Report on the cultivation of protesoma, Labbé, in grey mosquitoes
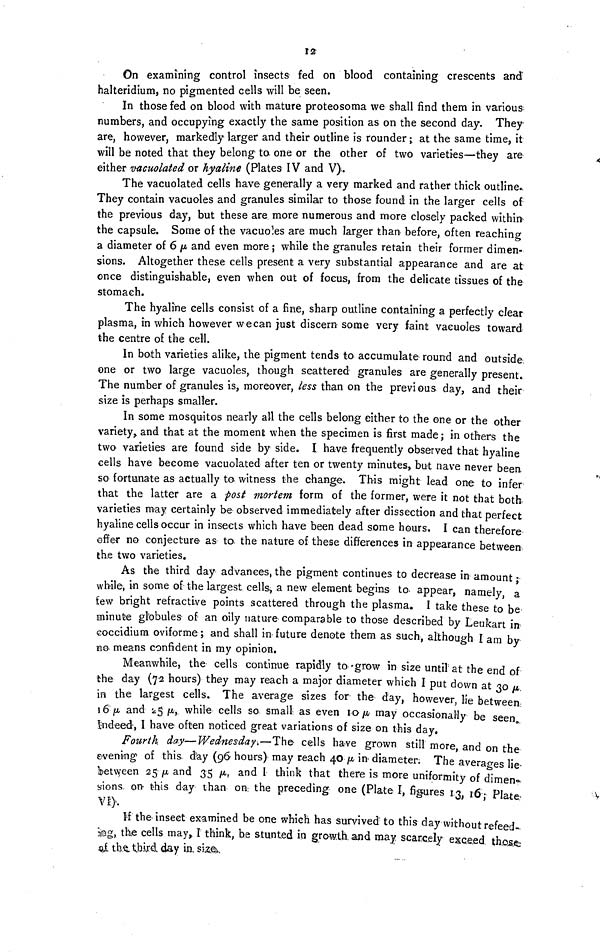
12
On examining control insects fed on blood containing crescents and
halteridium, no pigmented cells will be seen.
In those fed on blood with mature proteosoma we shall find them in various
numbers, and occupying exactly the same position as on the second day. They
are, however, markedly larger and their outline is rounder ;. at the same time, it
will be noted that they belong to one or the other of two varieties—they are
either vacuolated or hyaline (Plates IV and V).
The vacuolated cells have generally a very marked and rather thick outline.
They contain vacuoles and granules similar to those found in the larger cells of
the previous day, but these are more numerous and more closely packed within
the capsule. Some of the vacuoles are much larger than before, often reaching
a diameter of 6 μ and even more ; while the granules retain their former dimen-
sions. Altogether these cells present a very substantial appearance and are at
once distinguishable, even when out of focus, from the delicate tissues of the
stomach.
The hyaline cells consist of a fine, sharp outline containing a perfectly clear
plasma, in which however we can just discern some very faint vacuoles toward
the centre of the cell.
In both varieties alike, the pigment tends to accumulate round and outside
one or two large vacuoles, though scattered granules are generally present.
The number of granules is, moreover, less than on the previous day, and their
size is perhaps smaller.
In some mosquitos nearly all the cells belong either to the one or the other
variety, and that at the moment when the specimen is first made; in others the
two varieties are found side by side. I have frequently observed that hyaline
cells have become vacuolated after ten or twenty minutes, but nave never been
so fortunate as actually to. witness the change. This might lead one to infer
that the latter are a post mortem form of the former, were it not that both
varieties may certainly be observed immediately after dissection and that perfect
hyaline cells occur in insects which have been dead some hours. I can therefore
offer no conjecture as to the nature of these differences in appearance between
the two varieties.
As the third day advances, the pigment continues to decrease in amount ;
while, in some of the largest cells, a new element begins to appear, namely, a
few bright refractive points scattered through the plasma. I take these to be
minute globules of an oily nature comparable to those described by Leukart in
coccidium oviforme ; and shall in future denote them as such, although I am by
no means confident in my opinion.
Meanwhile, the cells continue rapidly to grow in size until at the end of
the day (72 hours) they may reach a major diameter which I put down at 30 μ
in the largest cells. The average sizes for the day, however, lie between
16 μ and 25 μ, while cells so small as even 10 μ may occasionally be seen
indeed, I have often noticed great variations of size on this day.
Fourth day—Wednesday·.—-The cells have grown still more, and on the
evening of this day (96 hours) may reach 40 μ in diameter; The averages lie
between 25 μ and 35 μ, and I think that there is more uniformity of dimen
sions on this day than on the preceding one (Plate I, figures 13, 16; Plate
VI).
If the insect examined be one which has survived to this day without refeed-
ing, the cells may, Γ think, be stunted in growth and may scarcely exceed those
of the third day in. size.